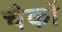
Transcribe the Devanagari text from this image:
चैकों